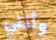
وأنني